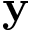
\mathbf { y }